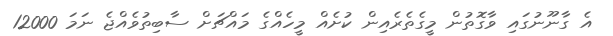
އެ ގާނޫނުގައި ވާގޮތުން މީގެތެރެއިން ކުށެއް މީހެއްގެ މައްޗަށް ސާބިތުވެއްޖެ ނަމަ 12000